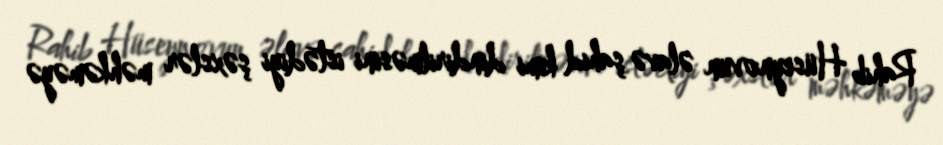
Rahib Hüseynovun əlavə şahid kimi dindirilməsini istədiyi şəxslər məhkəməyə